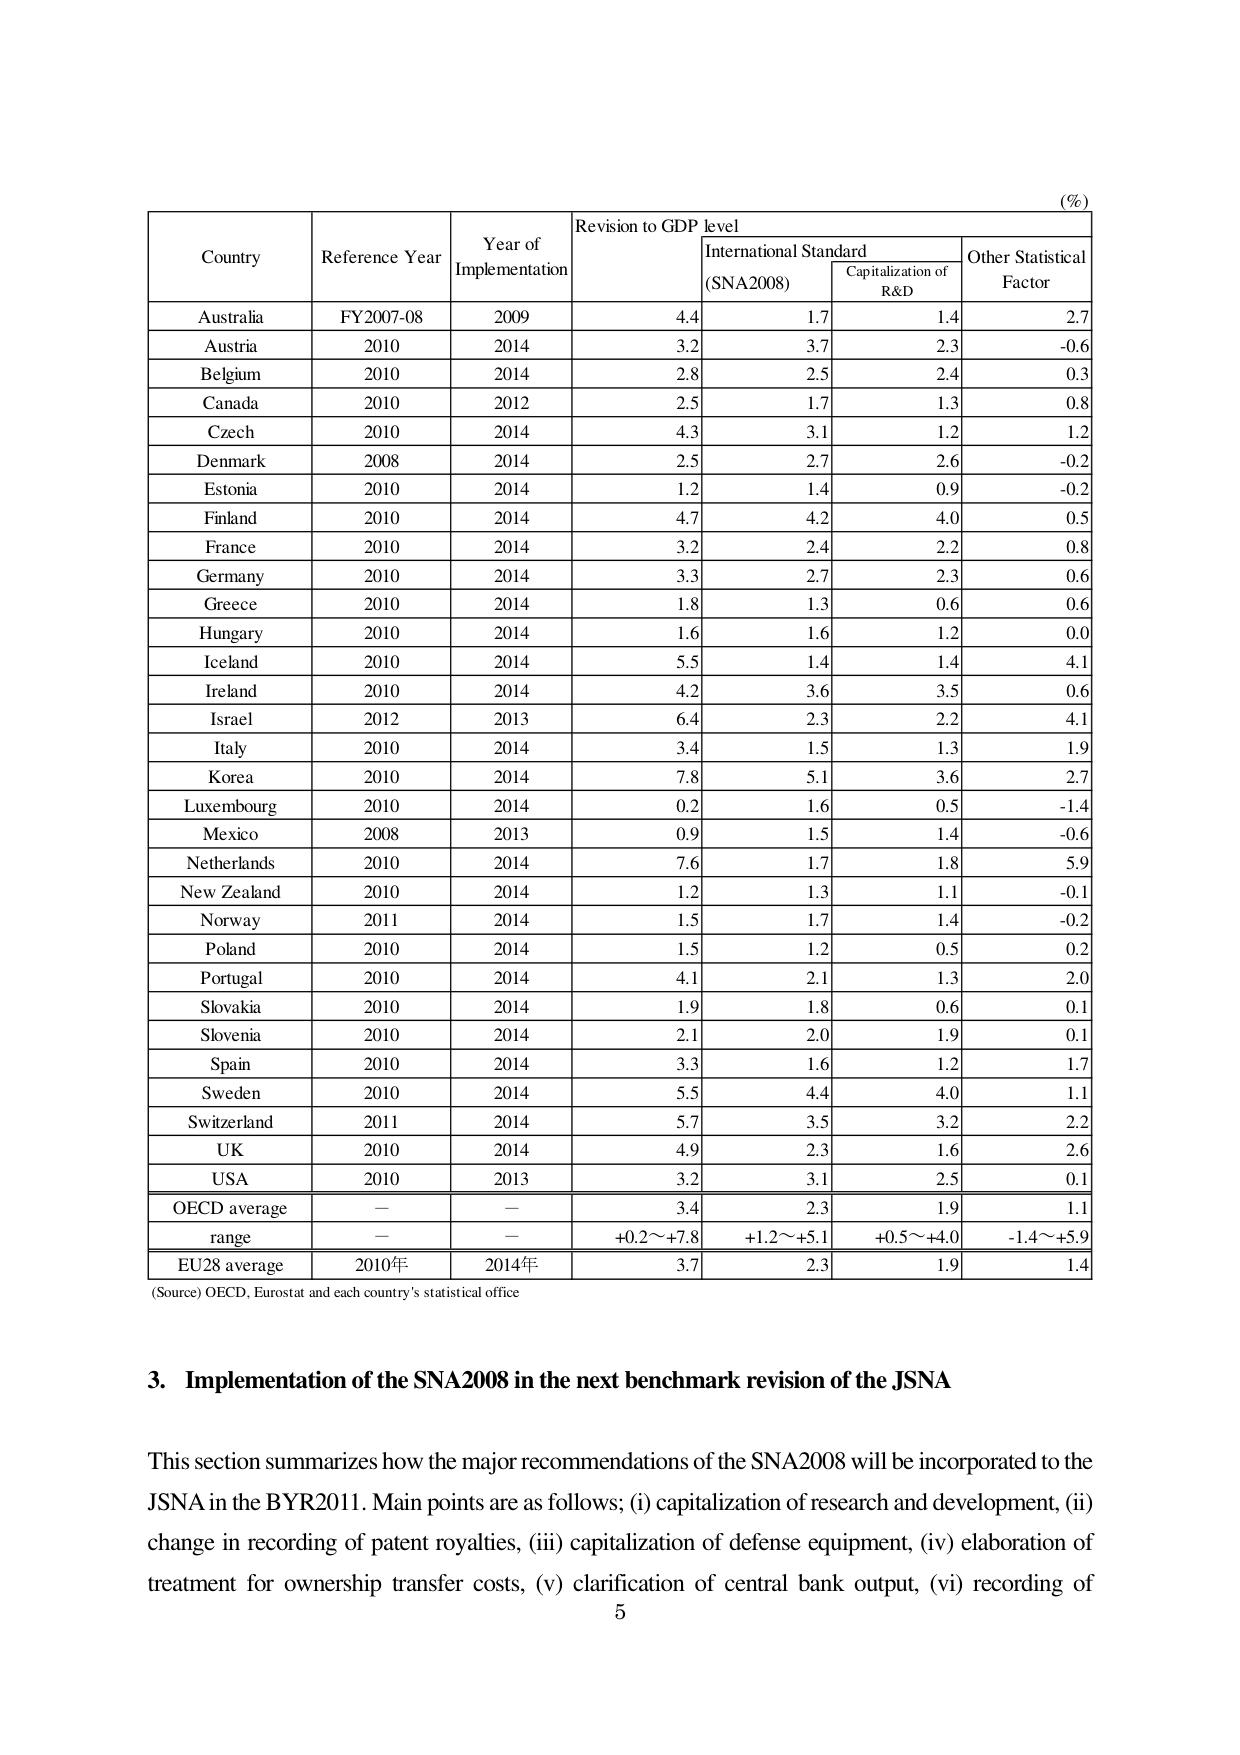
(%)

Country	Reference Year	Year of Implementation	Revision to GDP level
		International Standard (SNA2008)	Capitalization of R&D	Other Statistical Factor

Australia	FY2007-08	2009	4.4	1.7	1.4	2.7
Austria	2010	2014	3.2	3.7	2.3	-0.6
Belgium	2010	2014	2.8	2.5	2.4	0.3
Canada	2010	2012	2.5	1.7	1.3	0.8
Czech	2010	2014	4.3	3.1	1.2	1.2
Denmark	2008	2014	2.5	2.7	2.6	-0.2
Estonia	2010	2014	1.2	1.4	0.9	-0.2
Finland	2010	2014	4.7	4.2	4.0	0.5
France	2010	2014	3.2	2.4	2.2	0.8
Germany	2010	2014	3.3	2.7	2.3	0.6
Greece	2010	2014	1.8	1.3	0.6	0.6
Hungary	2010	2014	1.6	1.6	1.2	0.0
Iceland	2010	2014	5.5	1.4	1.4	4.1
Ireland	2010	2014	4.2	3.6	3.5	0.6
Israel	2012	2013	6.4	2.3	2.2	4.1
Italy	2010	2014	3.4	1.5	1.3	1.9
Korea	2010	2014	7.8	5.1	3.6	2.7
Luxembourg	2010	2014	0.2	1.6	0.5	-1.4
Mexico	2008	2013	0.9	1.5	1.4	-0.6
Netherlands	2010	2014	7.6	1.7	1.8	5.9
New Zealand	2010	2014	1.2	1.3	1.1	-0.1
Norway	2011	2014	1.5	1.7	1.4	-0.2
Poland	2010	2014	1.5	1.2	0.5	0.2
Portugal	2010	2014	4.1	2.1	1.3	2.0
Slovakia	2010	2014	1.9	1.8	0.6	0.1
Slovenia	2010	2014	2.1	2.0	1.9	0.1
Spain	2010	2014	3.3	1.6	1.2	1.7
Sweden	2010	2014	5.5	4.4	4.0	1.1
Switzerland	2011	2014	5.7	3.5	3.2	2.2
UK	2010	2014	4.9	2.3	1.6	2.6
USA	2010	2013	3.2	3.1	2.5	0.1
OECD average	—	—	3.4	2.3	1.9	1.1
range	—	—	+0.2～+7.8	+1.2～+5.1	+0.5～+4.0	-1.4～+5.9
EU28 average	2010年	2014年	3.7	2.3	1.9	1.4

(Source) OECD, Eurostat and each country's statistical office

3. Implementation of the SNA2008 in the next benchmark revision of the JSNA

This section summarizes how the major recommendations of the SNA2008 will be incorporated to the JSNA in the BYR2011. Main points are as follows; (i) capitalization of research and development, (ii) change in recording of patent royalties, (iii) capitalization of defense equipment, (iv) elaboration of treatment for ownership transfer costs, (v) clarification of central bank output, (vi) recording of

5